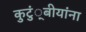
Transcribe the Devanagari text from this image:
कुटुं्बीयांना